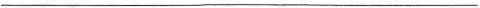
___